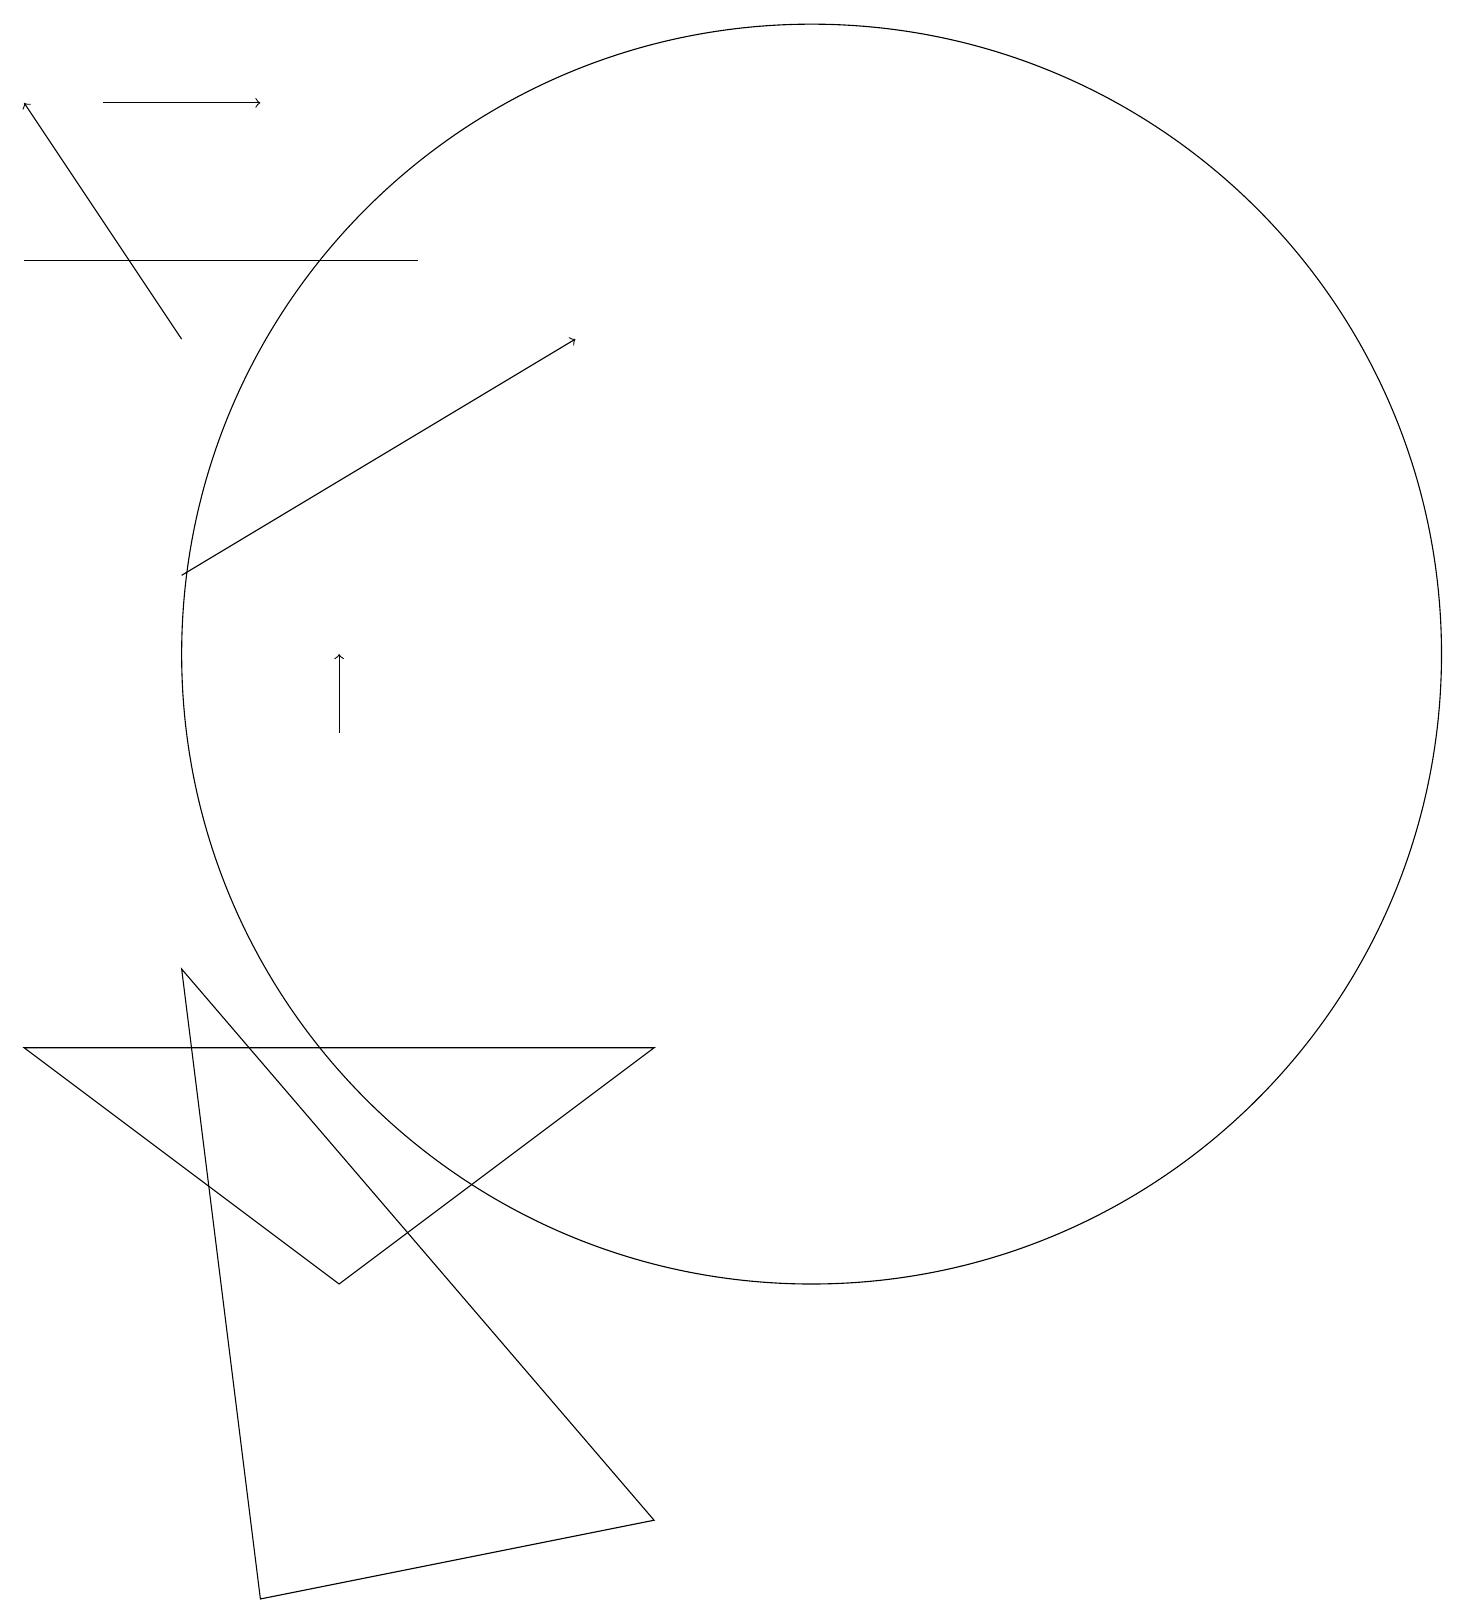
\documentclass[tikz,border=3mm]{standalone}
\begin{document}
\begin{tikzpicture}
\draw (1,17) rectangle (6,17);
\draw[->] (2,19) -- (4,19);
\draw[->] (5,11) -- (5,12);
\draw (11,12) circle (8);
\draw (9,7) -- (5,4) -- (1,7) -- cycle;
\draw[->] (3,16) -- (1,19);
\draw[->] (3,13) -- (8,16);
\draw (9,1) -- (3,8) -- (4,0) -- cycle;
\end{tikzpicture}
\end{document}